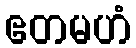
ဧတမဟံ